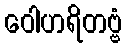
ဝေါဟရိတဗ္ဗံ